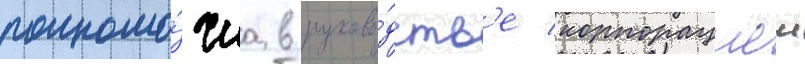
полномо́чиа в руково́дств'е корпорациеи